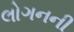
લોગનની